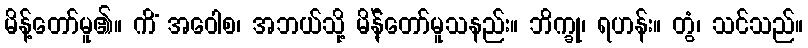
မိန့်တော်မူ၏။ ကိံ အဝေါစ၊ အဘယ်သို့ မိန်ဲ့တော်မူသနည်း။ ဘိက္ခု၊ ရဟန်း။ တွံ၊ သင်သည်။